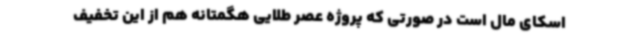
اسکای مال است در صورتی که پروژه عصر طلایی هگمتانه هم از این تخفیف